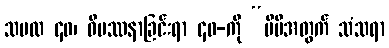
သမထ ၄၀၊ ဝိပဿနာခြင်းရာ ၄၀-ကို “မိမိအတွက် သံသရာ